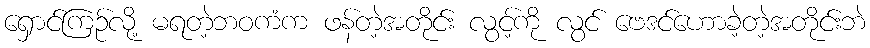
ရှောင်ကြဉ်လို့ မရတဲ့ဘဝကံက ဖန်တဲ့အတိုင်း လွင့်ကို လွင် ဗေဒင်ဟောခဲ့တဲ့အတိုင်းဘဲ